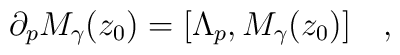
\partial_p M_\gamma(z_0) = [\Lambda_p,M_\gamma(z_0)]\quad,